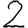
Digit: 2